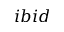
i b i d